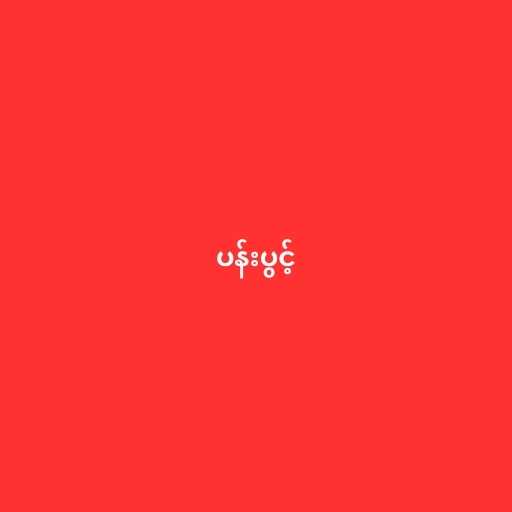
ပန်းပွင့်